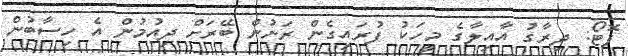
ފޮޓޯ: ދިރާގު އާއިލާގެ މީހަކު ފުރައިގެން ރަށުން ބޭރަށް ދިއުމުން އެ ހިސާބުން